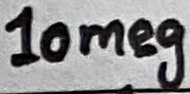
Text: 10meg